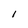
Character: l